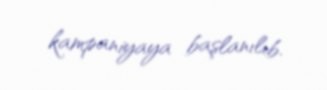
kampaniyaya başlanılıb.